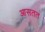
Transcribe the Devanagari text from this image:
आसतत